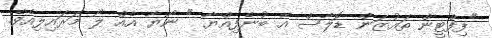
"ފިފްޓީން ތައުޒަން ޑޮލާސް އޭ ބުނެފިއްޔާ " ނޯޔާ އެއް ލޯ މަރައިލިއެވެ.